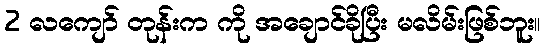
2 လကျော် တုန်းက ကို အချောင်ခိုပြီး မလိမ်းဖြစ်ဘူး။